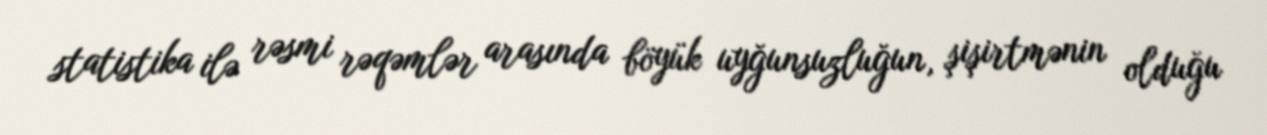
statistika ilə rəsmi rəqəmlər arasında böyük uyğunsuzluğun, şişirtmənin olduğu